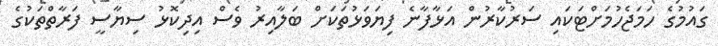
ގައުމުގެ ހަމަޖެހުމަށްޓަކައި ސަރުކާރުން އަޅާފާނެ ފިޔަވަޅުތަކަށް ބަލާއިރު ވެސް އިދިކޮޅު ސިޔާސީ ފަރާތްތަކުގެ